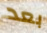
بعد